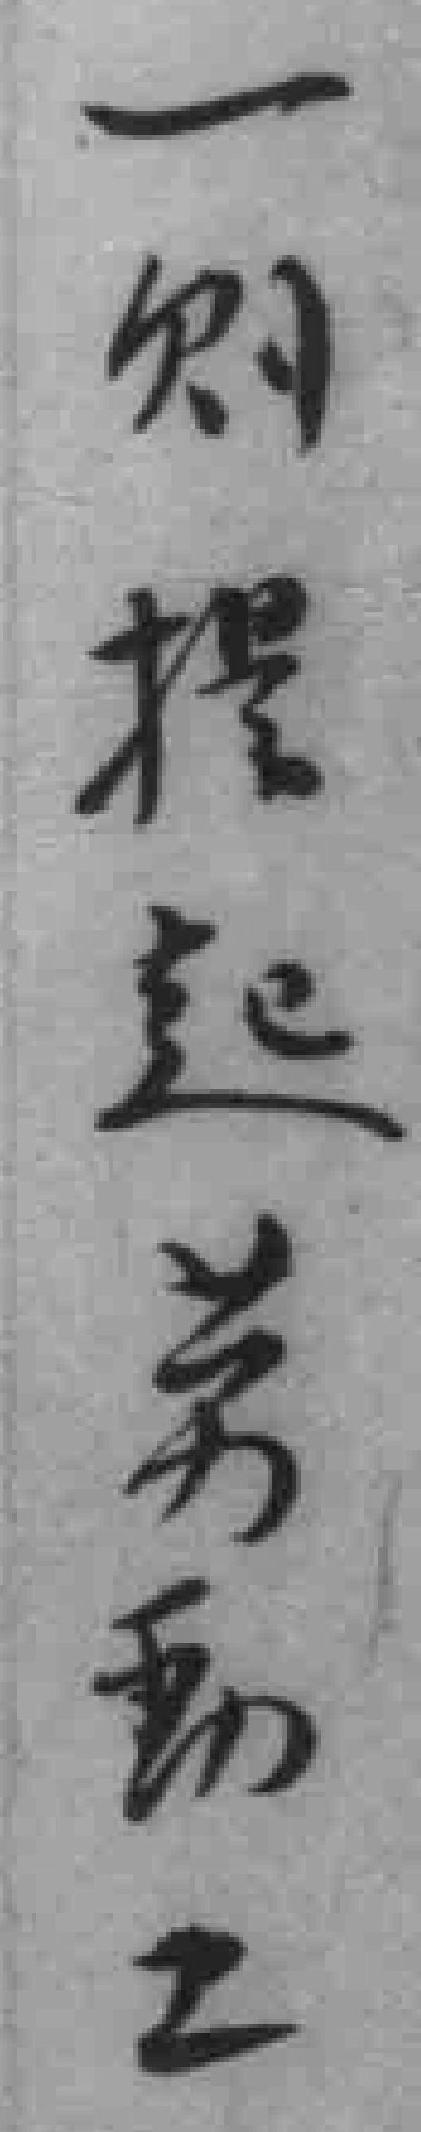
一则提起劳動工